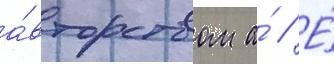
а́вторством а́ // Е́